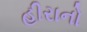
હીરાનો